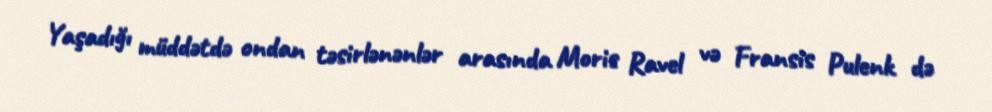
Yaşadığı müddətdə ondan təsirlənənlər arasında Moris Ravel və Fransis Pulenk də